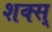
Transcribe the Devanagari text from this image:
शक्स्